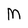
Character: M